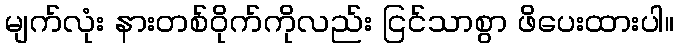
မျက်လုံး နားတစ်ဝိုက်ကိုလည်း ငြင်သာစွာ ဖိပေးထားပါ။